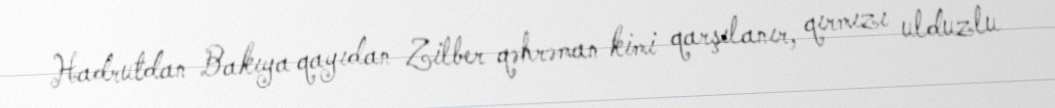
Hadrutdan Bakıya qayıdan Zilber qəhrəman kimi qarşılanır, qırmızı ulduzlu